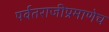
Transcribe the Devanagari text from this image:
पर्वतराजीप्रमाणेच